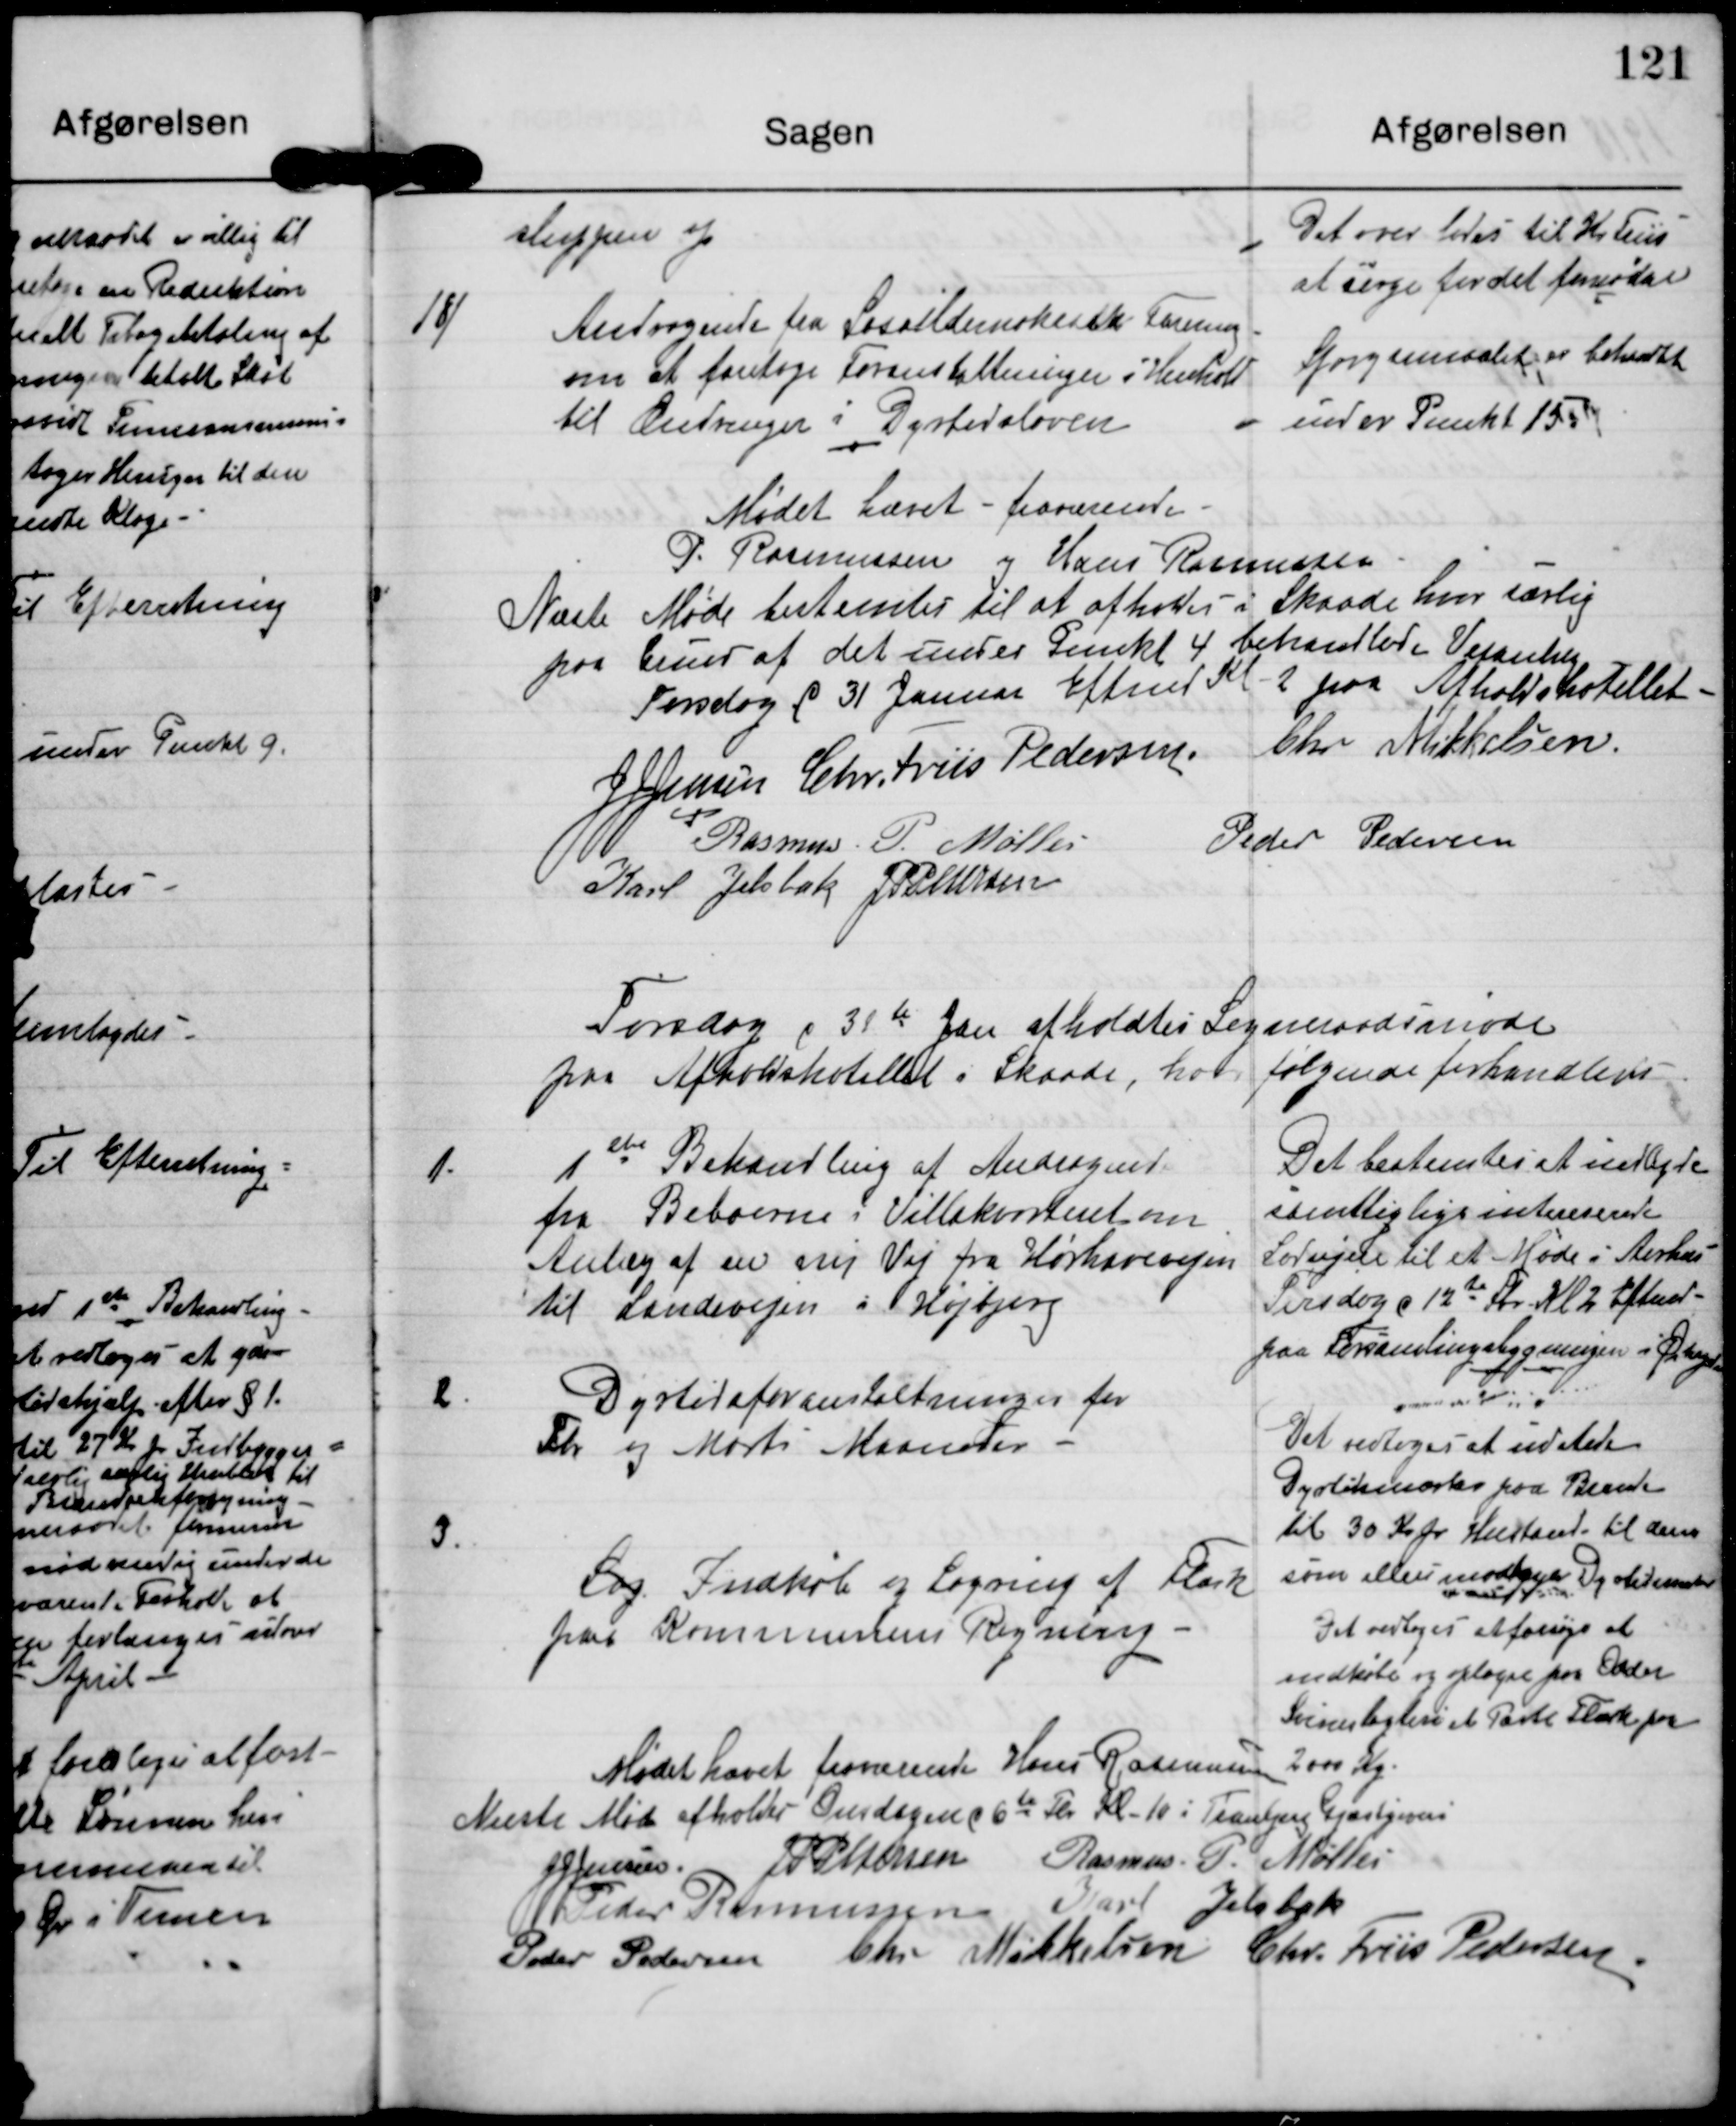
Transskription:
sluppen op.

Det overlades til Kr. Friis
at sørge for det fornødne.

18

Andragende fra Sosialdemokratisk Forening
om at foretage Foranstaltninger i Henhold
til Ændringer i Dyrtidsloven.

Spørgsmaalet er behandlet
under Punkt 15.

Mødet hævet - fraværende
P. Rasmussen og Hans Rasmussen

Næste Møde bestemtes til at afholdes i Skaade hvor særlig
paa Grund af de under Punkt 4 behandlede Vejanlæg
Torsdag d 31 Januar Eftermd Kl. 2 paa Afholdshotellet.

J J Jensen

Chr. Friis Pedersen

Chr Mikkelsen

Rasmus P. Møller

Peder Pedersen

Karl Jelsbak

J P Pedersen

Torsdag d 31te Jan afholdtes Sogneraadsmøde
paa Afholdshotellet i Skaade, hvor følgende forhandledes

1.

1 ste Behandling af Andragenet
fra Beboerne i Villakontoret om
Anlæg af en ny Vej fra Horhavevejen
til Landevejen i Højbjerg

Det bestemtes at indbyde
samtligligs interesserede
Lodsejere til et Møde i Aarhus
Tirsdag d 12te Febr Kl 2 Eftermd
paa Forsamlingsbygningen i Østergade.

2

Dyrtidsforanstaltninger for
Febr og Marts Maaneder

Det vedtoges at udstede
Dyrtidsmærker paa Be?
til 30 Kr pr Hustand til dem
som ellers modtager Dyrtidsmærker

3

Sag Indkøb og Lagring af Flæsk
paa Kommunens Regning

Det vedtoges at forsøge at
indkøbe og oplagre paa Odder
Svineslagteri et Parti Flæsk paa
2000 Kg

Mødet hævet fraværende Hans Rasmussen

Næste Møde afholdes Onsdagen d 6te Feb Kl. 10 i Tranbjerg Gjæstgiveri

J J Jensen

J P Petersen

Rasmus P. Møller

Peder Rasmussen

Karl Jelsbak

Peder Pedersen

Chr Mikkelsen

Chr. Friis Pedersen